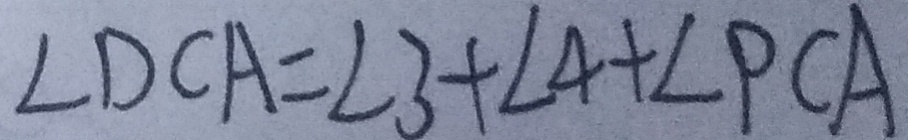
\angle D C A = \angle 3 + \angle 4 + \angle P C A